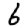
Digit: 6